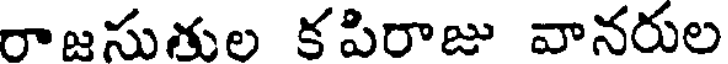
రాజసుతుల కపిరాజు వానరుల